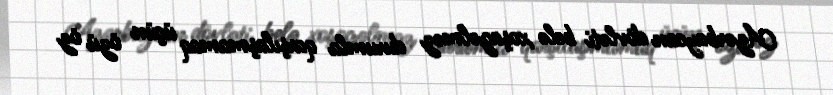
Azərbaycan dövləti belə xoşagəlməz durumla qarşılaşmamaq üçün özü öz